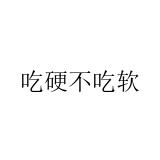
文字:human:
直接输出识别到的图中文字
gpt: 吃硬不吃软